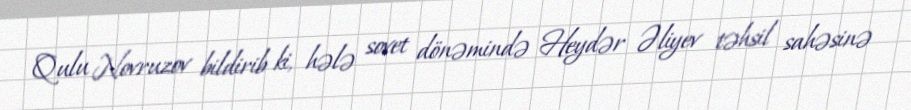
Qulu Novruzov bildirib ki, hələ sovet dönəmində Heydər Əliyev təhsil sahəsinə